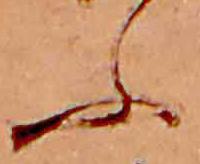
ふ